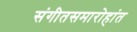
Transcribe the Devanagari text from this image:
संगीतसमारोहांत